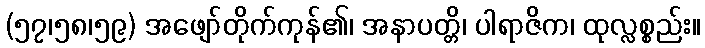
(၅၇၊၅၈၊၅၉) အဖျော်တိုက်ကုန်၏၊ အနာပတ္တိ၊ ပါရာဇိက၊ ထုလ္လစ္စည်း။